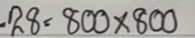
28  = 800 x 800